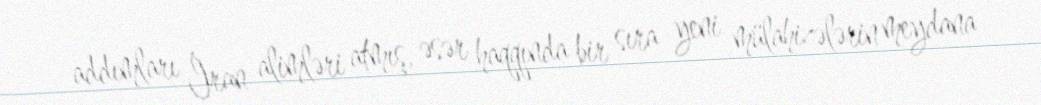
addımları İran alimləri atmış, əsər haqqında bir sıra yeni mülahizələrin meydana